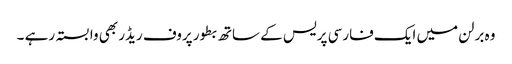
وہ برلن میں ایک فارسی پریس کے ساتھ بطور پروف ریڈر بھی وابستہ رہے ۔